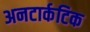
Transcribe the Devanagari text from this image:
अनटार्कटिक